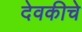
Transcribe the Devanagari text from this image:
देवकीचे